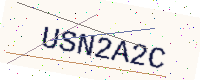
Text: USN2A2C